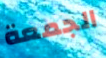
الجمعة